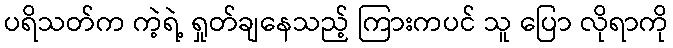
ပရိသတ်က ကဲ့ရဲ့ ရှုတ်ချနေသည့် ကြားကပင် သူ ပြော လိုရာကို